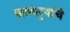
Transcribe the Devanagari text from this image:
खाणार्‍यांचे